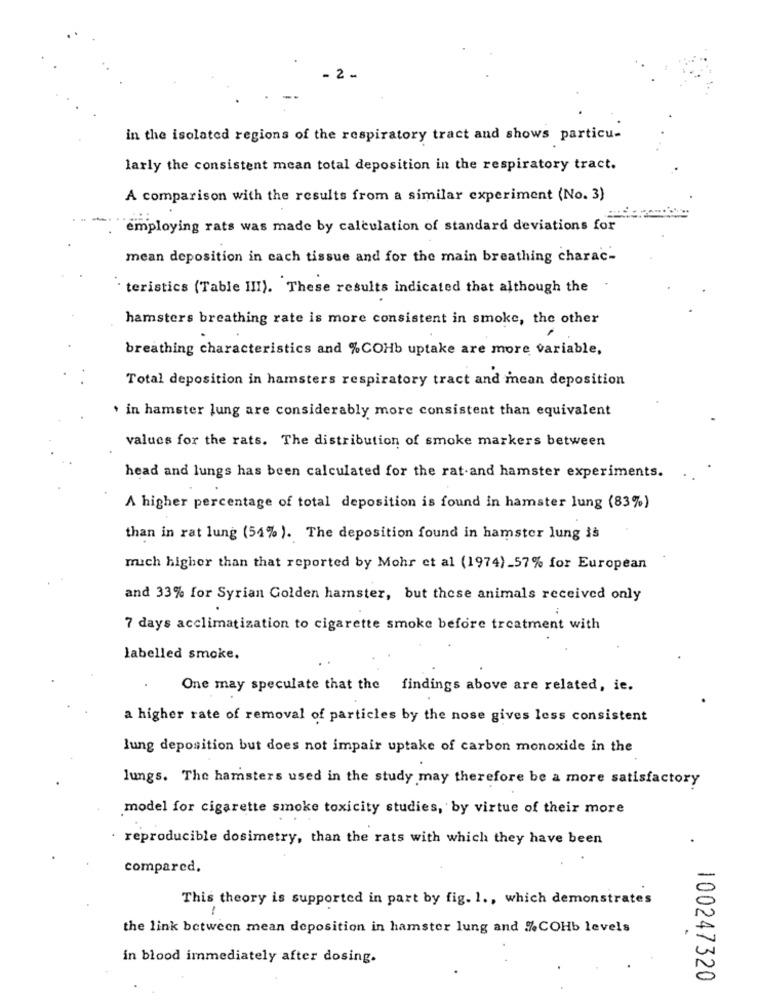
. 2.
in the isolated regions of the respiratory tract and shows particu-
larly the consistent mean total deposition in the respiratory tract.
A comparison with the results from a similar experiment (No. 3)
employing rats was made by calculation of standard deviations for
mean deposition in cach tissue and for the main breathing charac-
· teristics (Table III). These results indicated that although the
hamsters breathing rate is more consistent in smoke, the other
breathing characteristics and %COHb uptake are more variable,
Total deposition in hamsters respiratory tract and mean deposition
+ in hamster lung are considerably more consistent than equivalent
values for the rats. The distribution of smoke markers between
head and lungs has been calculated for the rat-and hamster experiments.
A higher percentage of total deposition is found in hamster lung (83%)
than in rat lung (54% ). The deposition found in hamster lung is
much higher than that reported by Mohr et al (1974)_57% for European
and 33% for Syrian Golden hamster, but these animals received only
7 days acclimatization to cigarette smoke before treatment with
labelled smoke.
One may speculate that the findings above are related, ie.
a higher rate of removal of particles by the nose gives less consistent
lung deposition but does not impair uptake of carbon monoxide in the
lungs. The hamsters used in the study may therefore be a more satisfactory
model for cigarette smoke toxicity studies, by virtue of their more
reproducible dosimetry, than the rats with which they have been
compared.
This theory is supported in part by fig. 1 ., which demonstrates
1
the link between mean deposition in hamster lung and %COHb levels
in blood immediately after dosing.
100247320